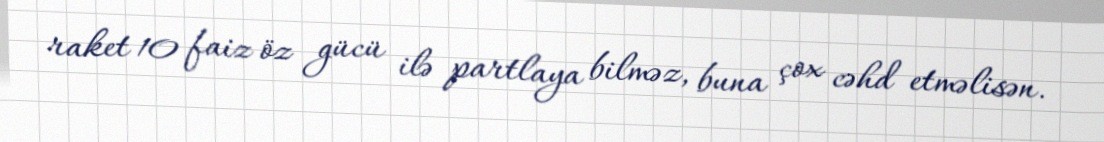
raket 10 faiz öz gücü ilə partlaya bilməz, buna çox cəhd etməlisən.